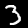
Label: 3